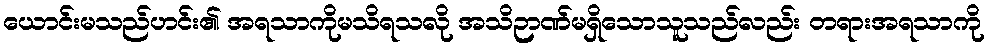
ယောင်းမသည်ဟင်း၏ အရသာကိုမသိရသလို အသိဉာဏ်မရှိသောသူသည်လည်း တရားအရသာကို